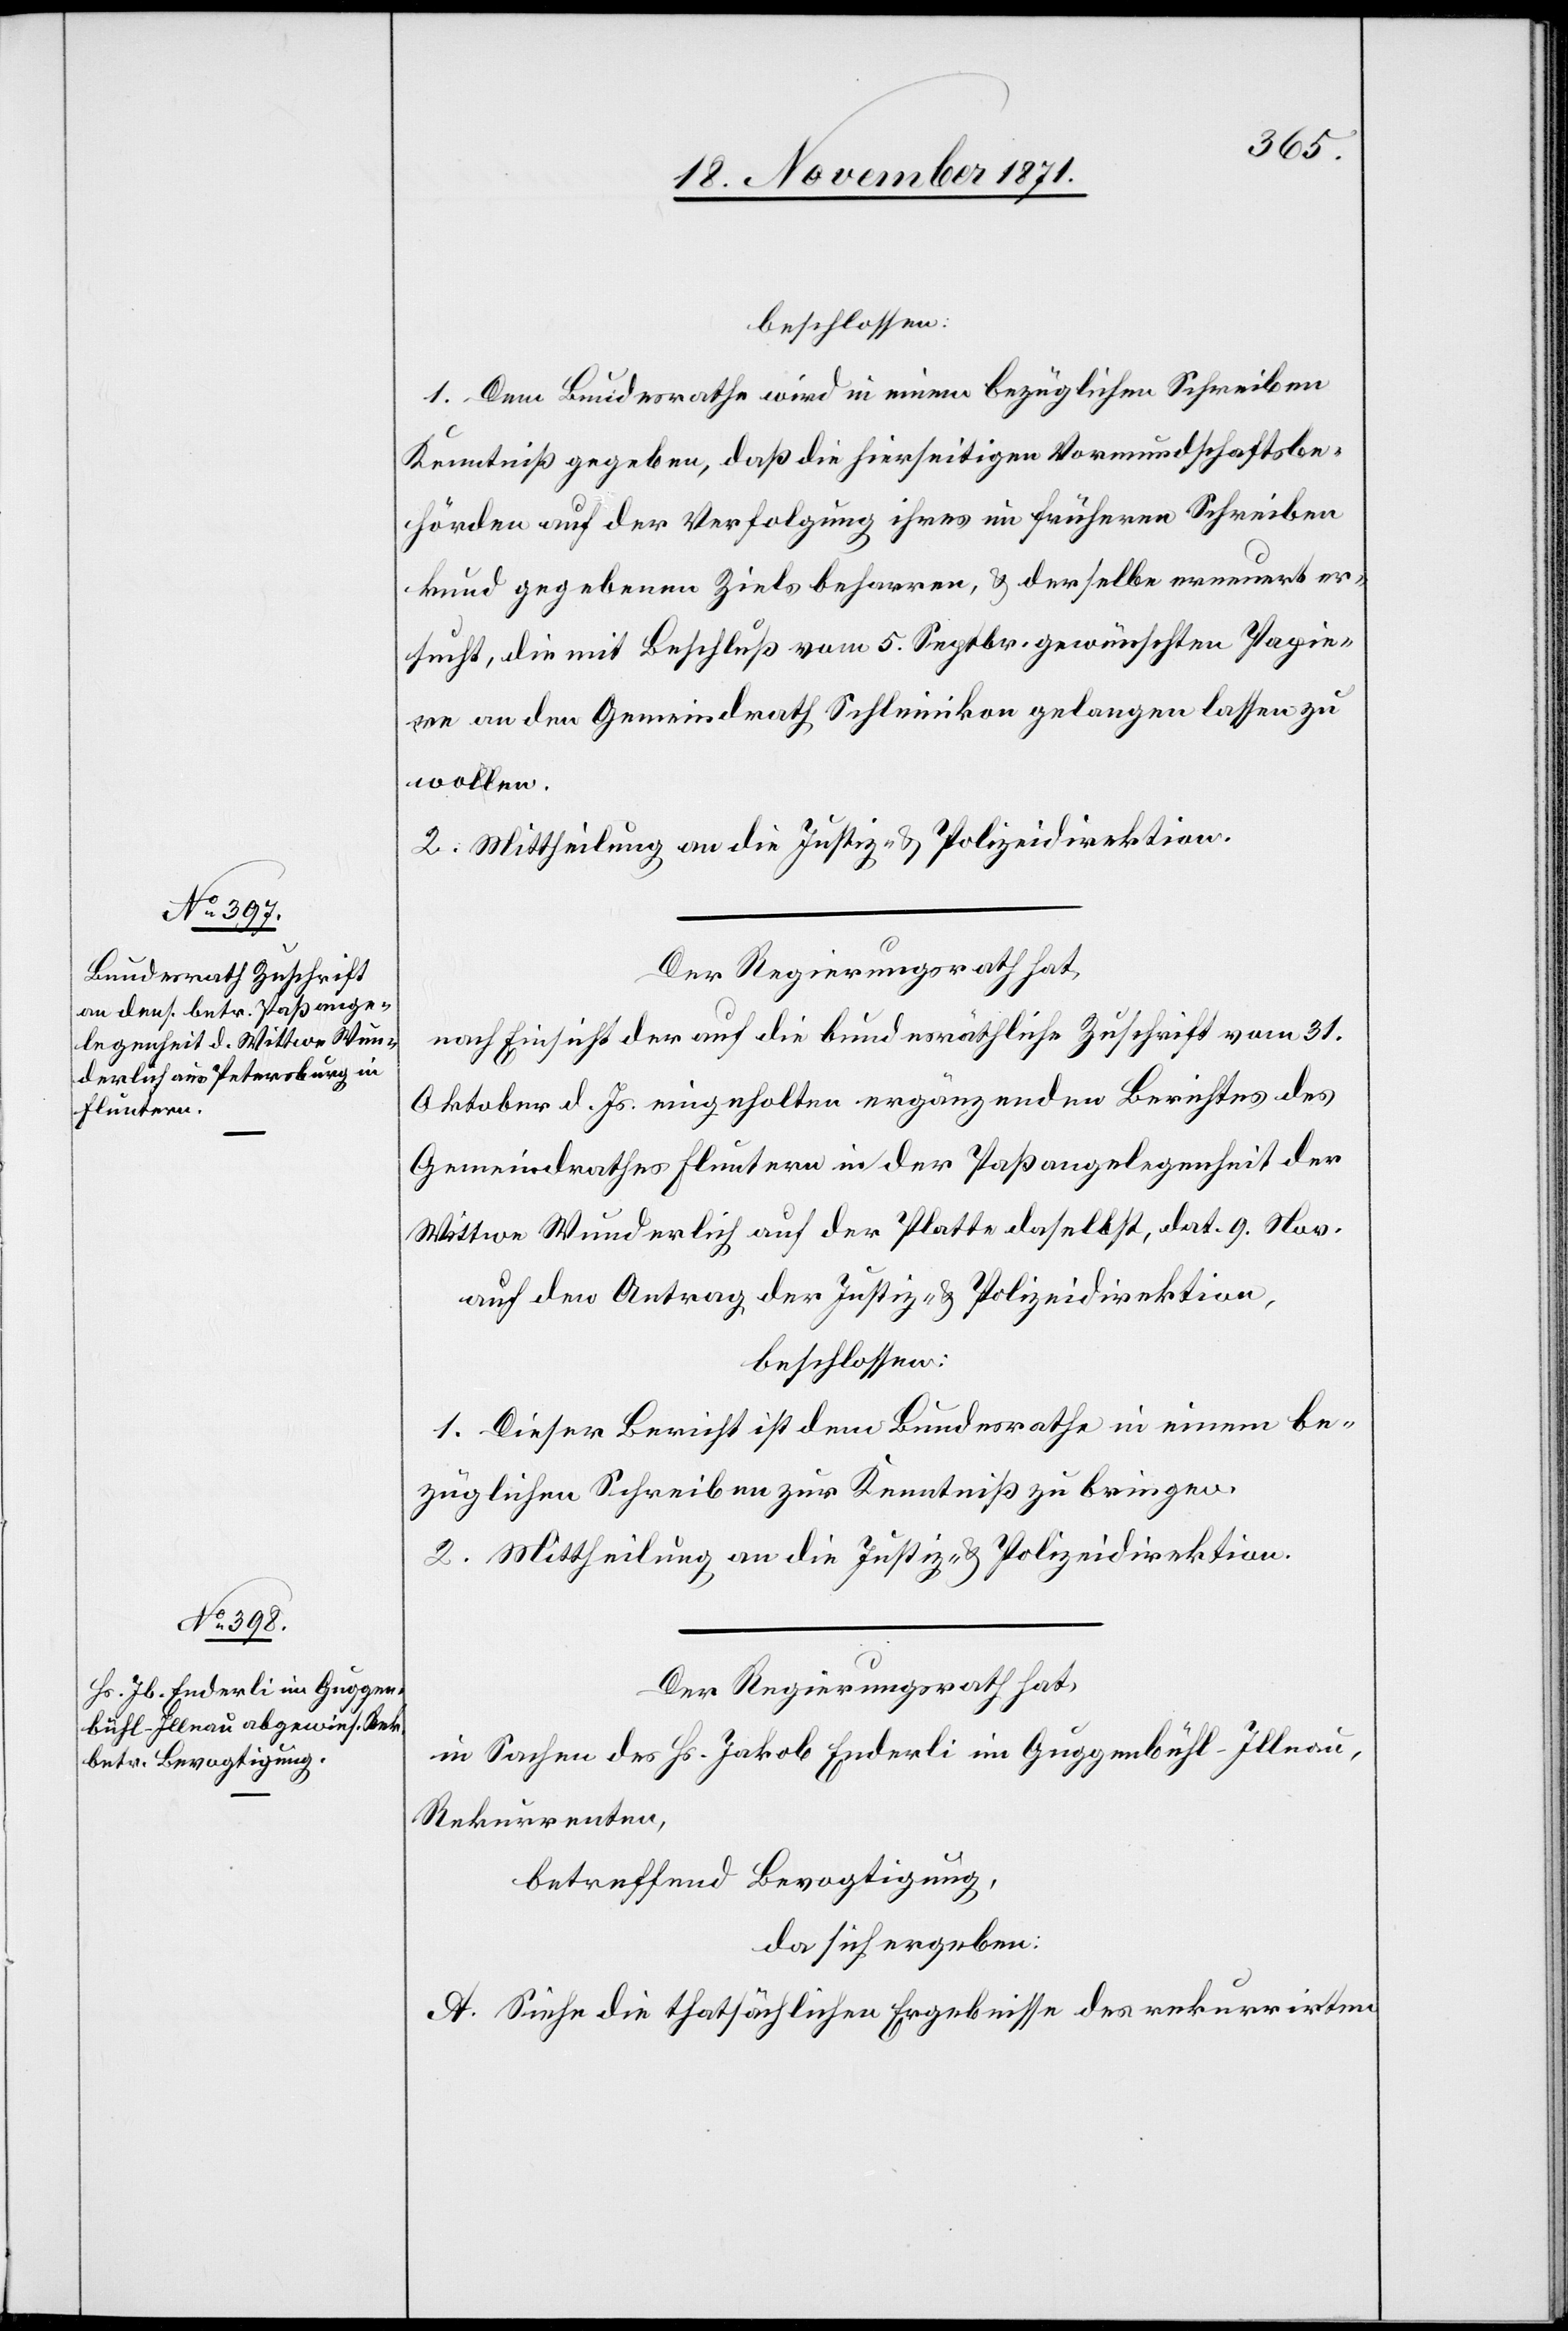
bundesräthliche Zuschrift

beschlossen:
1. Dem Bundesrathe wird in einem bezüglichen Schreiben
Kenntniß gegeben, daß die hierseitigen Vormundschaftsbe¬
hörden auf der Verfolgung ihres im früheren Schreiben
kund gegebenen Ziels beharren, & derselbe erneuert er¬
sucht, die mit Beschluß vom 5. Septr. gewünschten Papie¬
re an den Gemeindrath Schleinikon gelangen lassen zu
wollen.
2. Mittheilung an die Justiz- & Polizeidirektion.
Der Regierungsrath hat,
Oktober d. Js. eingeholten ergänzenden Berichtes des
Gemeindrathes Fluntern in der Paßangelegenheit der
Wittwe Wunderlich auf der Platte daselbst, dat. 9. Nov.
auf den Antrag der Justiz- & Polizeidirektion,
beschlossen:
1. Dieser Bericht ist dem Bundesrathe in einem be¬
züglichen Schreiben zur Kenntniß zu bringen.
2. Mittheilung an die Justiz- & Polizeidirektion.
Der Regierungsrath hat,
in Sachen des Hr. Jakob Enderli im Guggenbühl-Illnau,
Rekurrenten,
betreffend Bevogtigung,
da sich ergeben:
A. Siehe die thatsächlichen Ergebnisse des rekurrirten